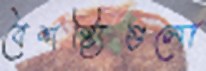
বৈশষ্ট্যিগুলো